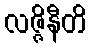
လဇ္ဇိနီတိ